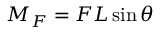
M _ { F } = F L \sin \theta